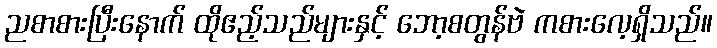
ညစာစားပြီးနောက် ထိုဧည့်သည်များနှင့် ဘော့စတွန်ဗဲ ကစားလေ့ရှိသည်။